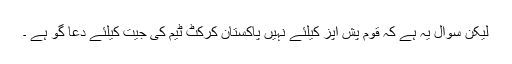
لیکن سوال یہ ہے کہ قوم پُش اَپز کیلئے نہیں پاکستان کرکٹ ٹیم کی جیت کیلئے دُعا گو ہے ۔